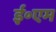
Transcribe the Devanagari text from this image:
ई॰एम